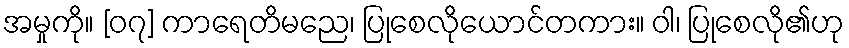
အမှုကို။ [၀၇] ကာရေတိမညေ၊ ပြုစေလိုယောင်တကား။ ဝါ၊ ပြုစေလို၏ဟု